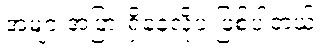
အများအပြားရှိနေလို့ပဲ ဖြစ်ပါတယ်။